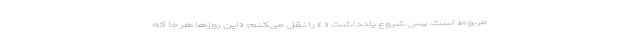
مربوط است. پس شروع یادداشت « » را نقل می‌کنم: «‌این روزها هر جا که